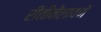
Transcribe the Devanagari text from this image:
रीतीनेंलावणें